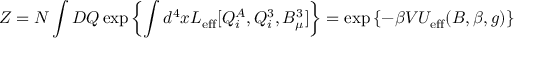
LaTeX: { \cal Z } = { \cal N } \int D Q \exp \left\{ \int d ^ { 4 } x { \cal L } _ { \mathrm { e f f } } [ Q _ { i } ^ { A } , Q _ { i } ^ { 3 } , B _ { \mu } ^ { 3 } ] \right\} = \exp \left\{ - \beta V U _ { \mathrm { e f f } } ( B , \beta , g ) \right\}